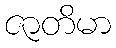
ဇာတိမာ